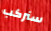
سنركب